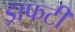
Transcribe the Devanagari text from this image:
ड्राफटी